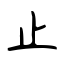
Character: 止